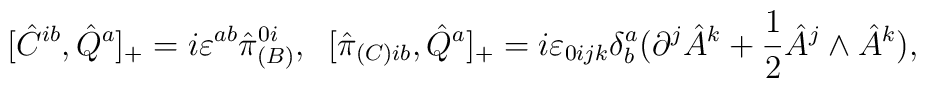
[\hat {C}^{ib},\hat{Q}^a]_{+}=i\varepsilon^{ab}\hat{\pi}_{(B)}^{0i},\;\; [\hat{\pi}_{(C)ib},\hat{Q}^a]_{+}=i\varepsilon_{0ijk}\delta_b^a (\partial^j\hat{A}^{k}+\frac{1}{2}\hat{A}^j\wedge\hat{A}^k),